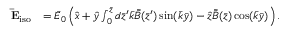
\begin{array} { r l } { \mathbf { \bar { E } } _ { \mathrm { i s o } } } & { = \bar { E } _ { 0 } \left( \hat { x } + \hat { y } \int _ { 0 } ^ { \bar { z } } d \bar { z } ^ { \prime } \bar { k } \bar { \tilde { B } } ( \bar { z } ^ { \prime } ) \sin ( \bar { k } \bar { y } ) - \hat { z } \bar { \tilde { B } } ( \bar { z } ) \cos ( \bar { k } \bar { y } ) \right) . } \end{array}